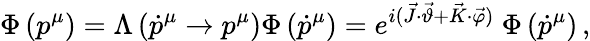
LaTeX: \Phi\left(p^{\mu}\right)=\Lambda\left(\dot{p}^{\mu}\to p^{\mu}\right)\Phi\left(\dot{p}^{\mu}\right)=e^{i(\vec{J}\cdot\vec{\vartheta}+\vec{K}\cdot\vec{\varphi})}~\Phi\left(\dot{p}^{\mu}\right)\, ,